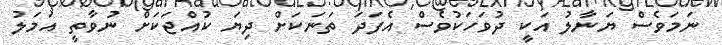
ނަމަވެސް ޔަނާލު އަކީ ދުވަހަކުވެސް އެފަދަ ތަނަކަށް ދިޔަ ކުއްޖަކަށް ނުވާތީ އަމަލު